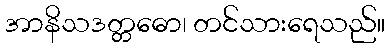
အာနိသဒတ္တဓော၊ တင်သားရေသည်။